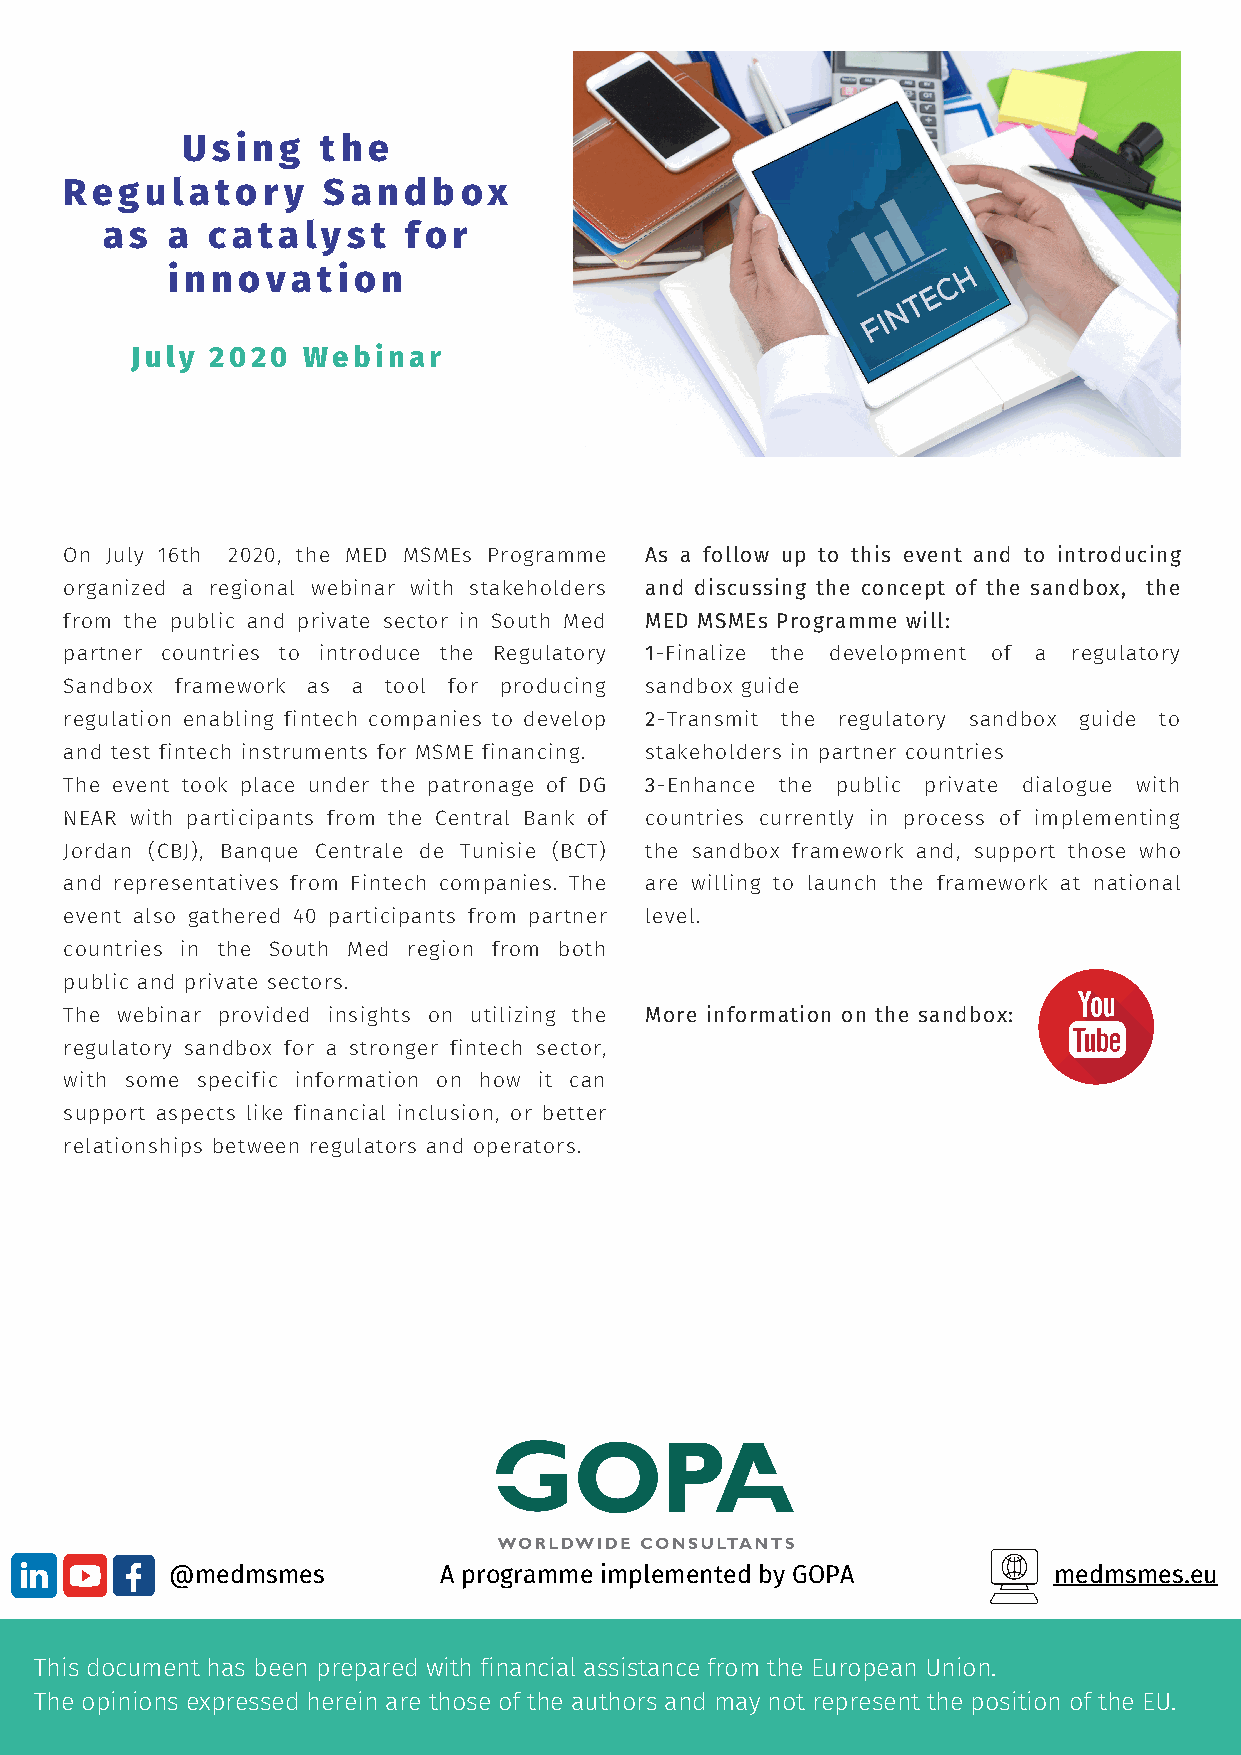
Using    the
 Regulatory       Sandbox
 as  a  catalyst     for
 innovation
 July 2020  Webinar
 On July 16th 2020, the MED MSMEs Programme As a follow up to this event and to introducing
 organized a regional webinar with stakeholders and discussing the concept of the sandbox, the
 from the public and private sector in South Med MED MSMEs Programme will:
 partner countries to introduce the Regulatory 1-Finalize the development of a regulatory
 Sandbox framework as a tool for producing sandbox guide
 regulation enabling fintech companies to develop 2-Transmit the regulatory sandbox guide to
 and test fintech instruments for MSME financing. stakeholders in partner countries
 The event took place under the patronage of DG 3-Enhance the public private dialogue with
 NEAR with participants from the Central Bank of countries currently in process of implementing
 Jordan (CBJ), Banque Centrale de Tunisie (BCT) the sandbox framework and, support those who
 and representatives from Fintech companies. The are willing to launch the framework at national
 event also gathered 40 participants from partner level.
 countries in the South Med region from both
 public and private sectors.
 The webinar provided insights on utilizing the More information on the sandbox:
 regulatory sandbox for a stronger fintech sector,
 with some specific information on how it can
 support aspects like financial inclusion, or better
 relationships between regulators and operators.
 @medmsmes         A programme implemented by GOPA          medmsmes.eu
 This document has been prepared with financial assistance from the European Union.
 The opinions expressed herein are those of the authors and may not represent the position of the EU.